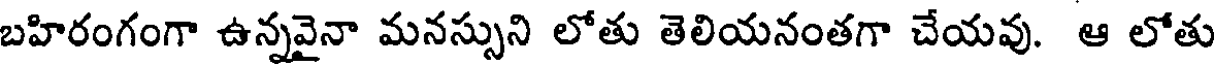
బహిరంగంగా ఉన్నవైనా మనస్సుని లోతు తెలియనంతగా చేయవు. ఆ లోతు